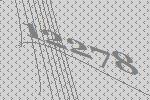
12278